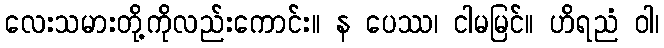
လေးသမားတို့ကိုလည်းကောင်း။ န ပေဿ၊ ငါမမြင်။ ဟိရညံ ဝါ၊